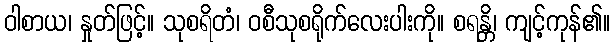
ဝါစာယ၊ နှုတ်ဖြင့်။ သုစရိတံ၊ ဝစီသုစရိုက်လေးပါးကို။ စရန္တိ၊ ကျင့်ကုန်၏။